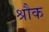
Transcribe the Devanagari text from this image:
श्रौक